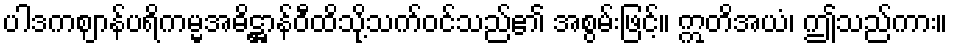
ပါဒကဈာန်ပရိကမ္မအဓိဋ္ဌာန်ဝီထိသို့သက်ဝင်သည်၏ အစွမ်းဖြင့်။ ဣတိအယံ၊ ဤသည်ကား။